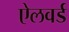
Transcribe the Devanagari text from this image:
ऐलवर्ड